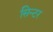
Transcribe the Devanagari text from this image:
सिन्टर